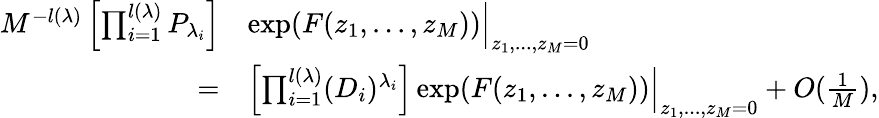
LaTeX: \begin{array}{rl}{M^{-l(\lambda)}\left[\prod_{i=1}^{l(\lambda)}P_{\lambda_{i}}\right]}&{\exp(F(z_{1},...,z_{M}))\Bigr|_{z_{1},...,z_{M}=0}}\\ {=}&{\left[\prod_{i=1}^{l(\lambda)}(D_{i})^{\lambda_{i}}\right]\exp(F(z_{1},...,z_{M}))\Bigr|_{z_{1},...,z_{M}=0}+O(\frac{1}{M}),}\end{array}